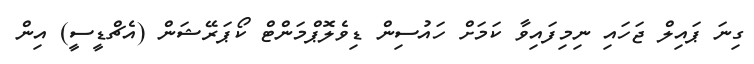
ގިނަ ޕައިލް ޖަހައި ނިމިފައިވާ ކަމަށް ހައުސިން ޑިވެލޮޕްމަންޓް ކޯޕަރޭޝަން (އެޗްޑީސީ) އިން